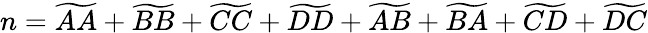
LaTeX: n=\widetilde{AA}+\widetilde{BB}+\widetilde{CC}+\widetilde{DD}+\widetilde{AB}+\widetilde{BA}+\widetilde{CD}+\widetilde{DC}